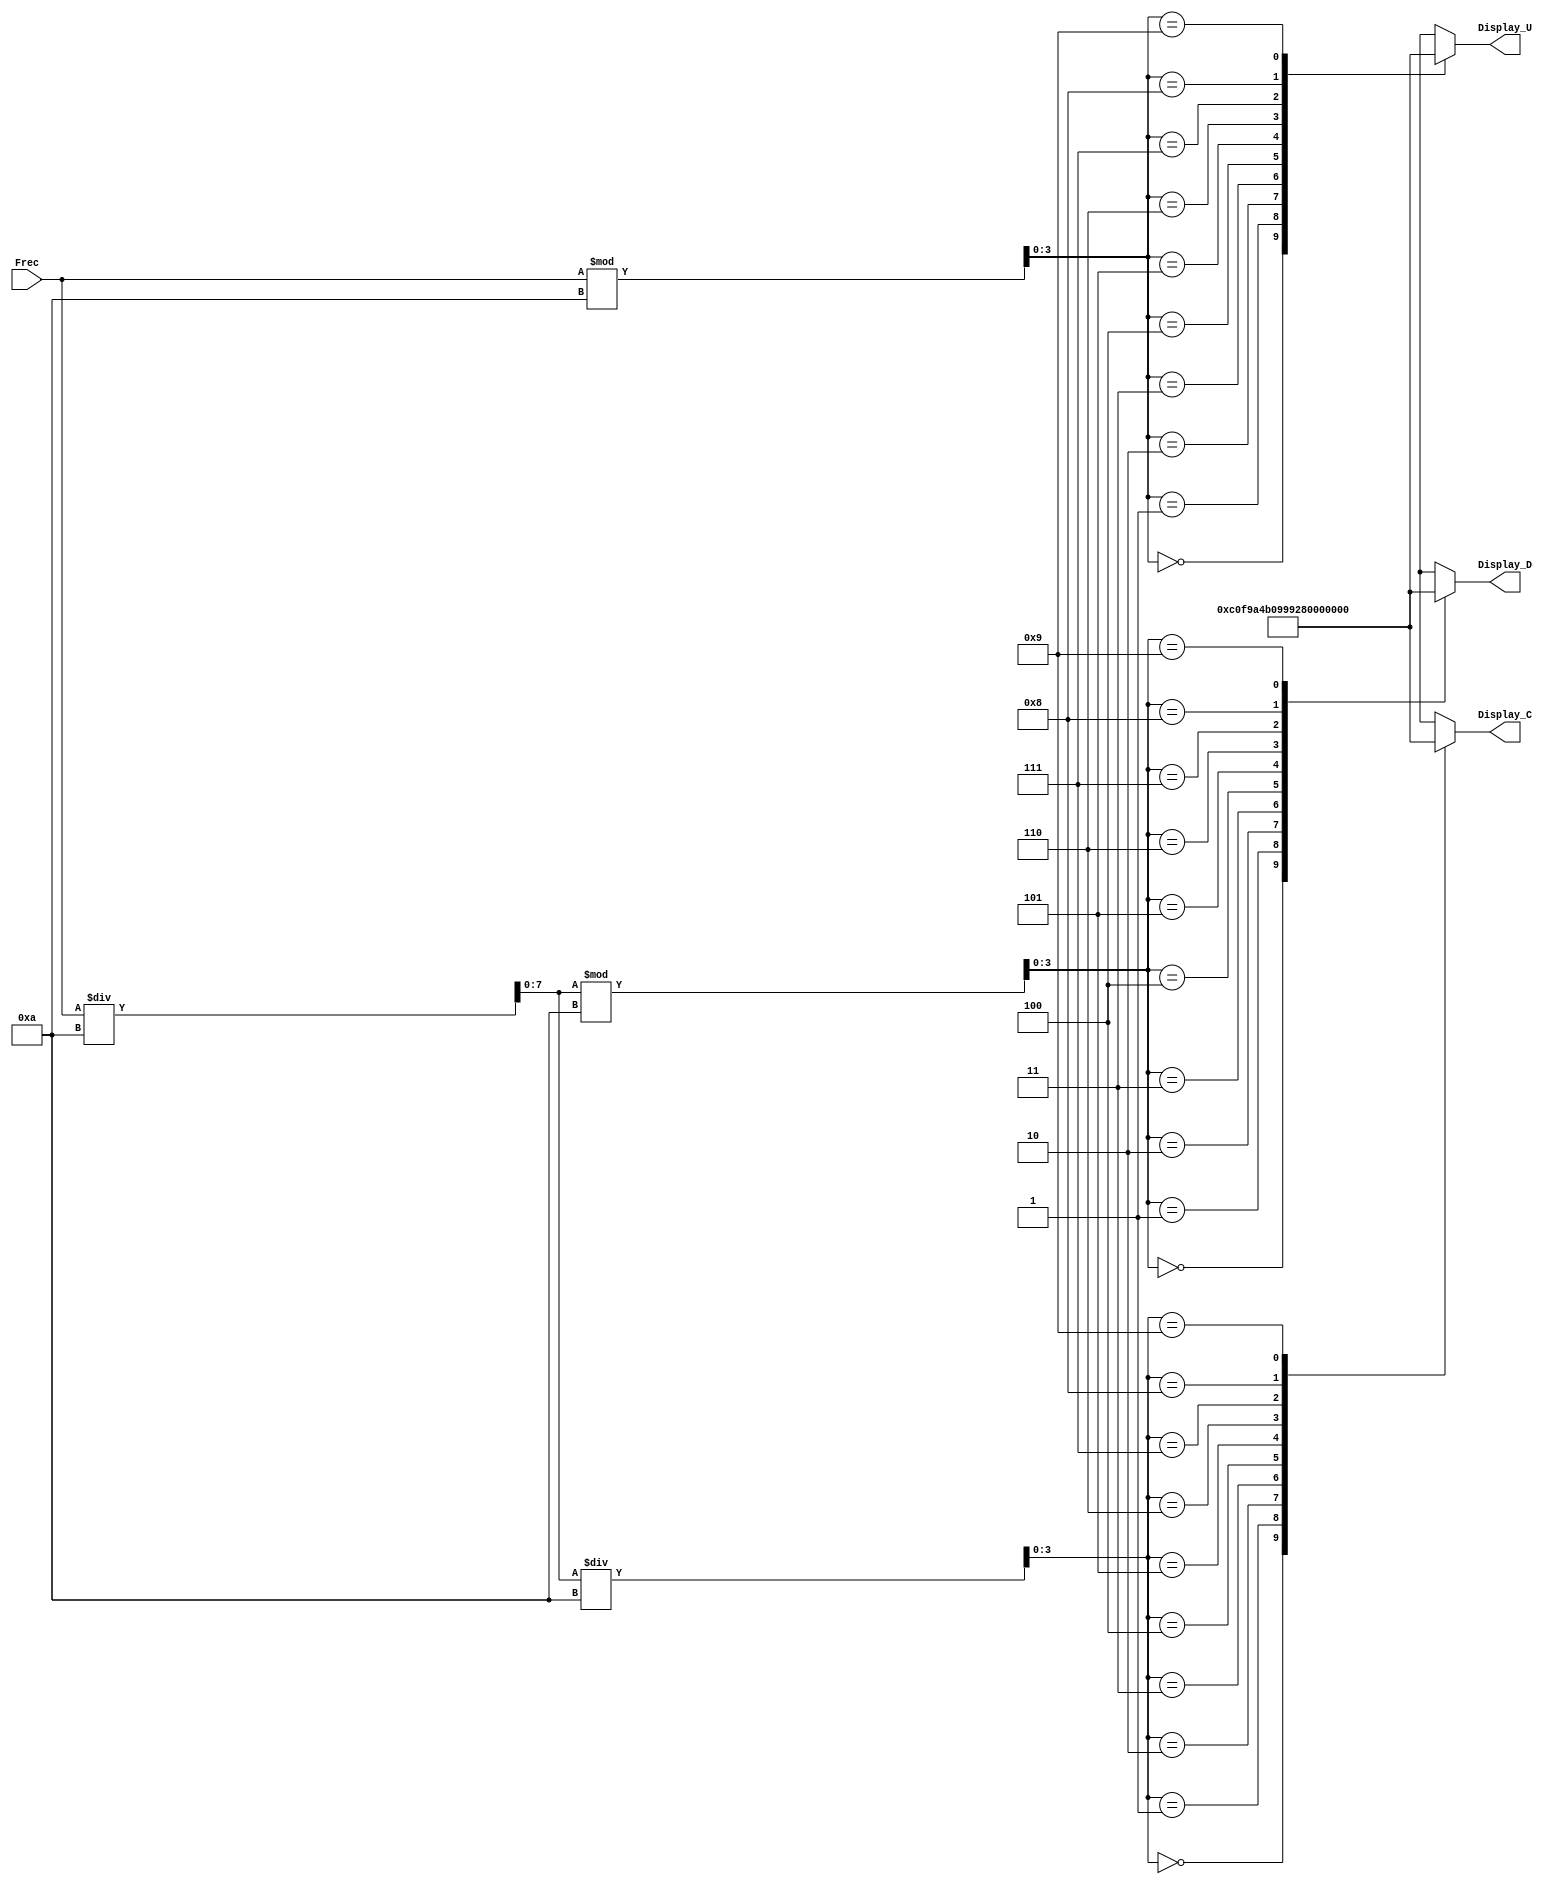
//------------------------------------------------------------------------------------------------------------------
//		Decodificador para Displays de 7 segmentos nodo Comn
//
//	Este mdulo permite mostrar el valor de frecuencia seleccionado en displays de 7 segmentos AC. Lo que hace es
//	separar cada digito para tener unidades, decenas y centenas. Luego por medio de una tabla que 
//	ya tiene decodificados los valores de cada nmero del 0 al 9 en su representacion para display, se mandan los 
//	digitos a su respectivo display.
//	
//------------------------------------------------------------------------------------------------------------------

module Display(Frec, Display_U, Display_D, Display_C);

	input[7:0] Frec;											//Frecuencia

	output[7:0] Display_U, Display_D, Display_C;		//Displays

	wire [7:0] F2;				//Variable para almacenar el nmero ya sin unidades
	wire [7:0]Tabla[9:0];	//Variable para almacenar los valores de la tabla
	
	assign
		Display_U = Tabla[Frec % 10],		//Se obtienen unidades
		F2 = Frec / 10,
		Display_D = Tabla[F2 % 10],		//Se obtienen decenas
		Display_C = Tabla[F2 / 10];		//Se obtienen centenas
	
	//-------	TABLA		-------
	assign
	//					   gfdecba
		Tabla[0] = 8'b11000000,		//0
		Tabla[1] = 8'b11111001,		//1
		Tabla[2] = 8'b10100100,		//2
		Tabla[3] = 8'b10110000,		//3
		Tabla[4] = 8'b10011001,		//4
		Tabla[5] = 8'b10010010,		//5
		Tabla[6] = 8'b10000010,		//6
		Tabla[7] = 8'b11111000,		//7
		Tabla[8] = 8'b10000000,		//8
		Tabla[9] = 8'b10010000;		//9
		
	//--------------------------

endmodule